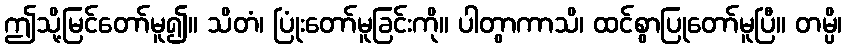
ဤသို့မြင်တော်မူ၍။ သိတံ၊ ပြုံးတော်မူခြင်းကို။ ပါတွာကာသိ၊ ထင်စွာပြုတော်မူပြီ။ တမ္ပိ၊